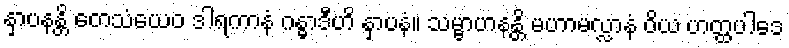
နှာပနန္တိ တေသံယေဝ ဒါရကာနံ ဂန္ဓာဒီဟိ နှာပနံ။ သမ္ဗာဟနန္တိ မဟာမလ္လာနံ ဝိယ ဟတ္ထပါဒေ